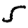
Digit: 5